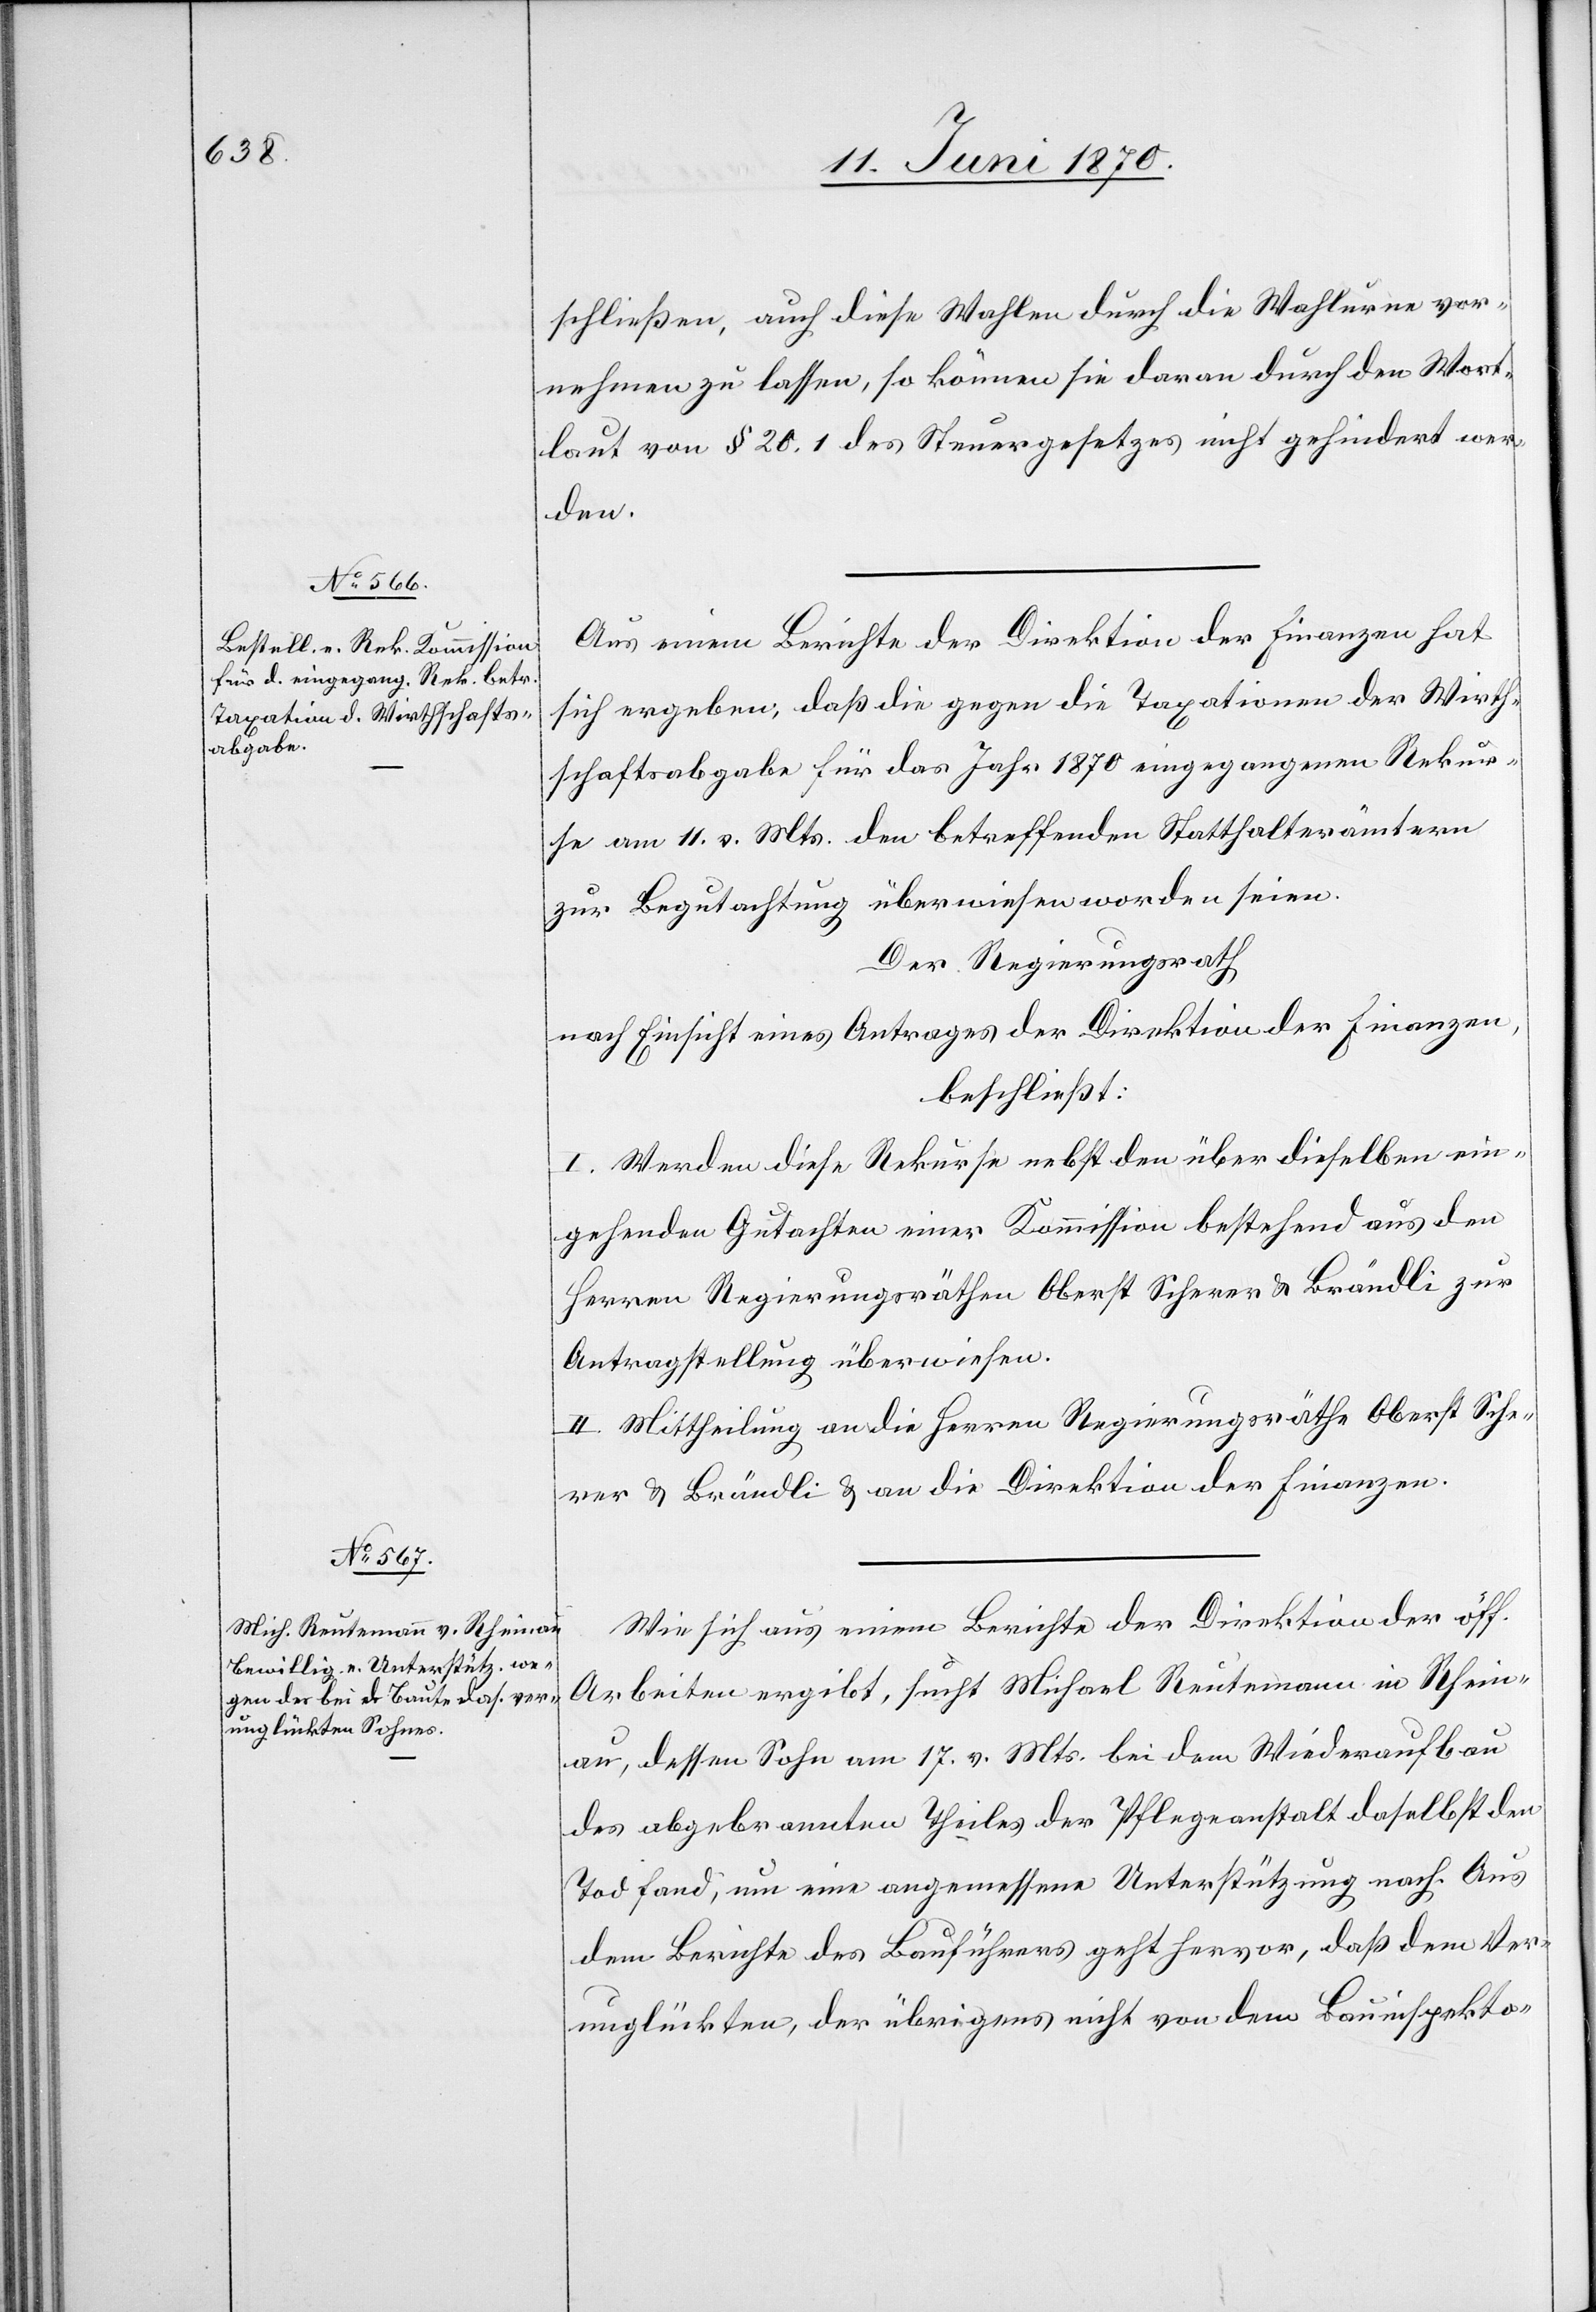
schließen, auch diese Wahlen durch die Wahlurne vor¬
nehmen zu lassen, so können sie daran durch den Wort¬
laut von § 20, 1 des Steuergesetzes nicht gehindert wer¬
den.
Aus einem Berichte der Direktion der Finanzen hat
sich ergeben, daß die gegen die Taxationen der Wirth¬
schaftsabgabe für das Jahr 1870 eingegangenen Rekur¬
se am 11. v. Mts. den betreffenden Statthalterämtern
zur Begutachtung überwiesen worden seien.
Der Regierungsrath
nach Einsicht eines Antrages der Direktion der Finanzen,
beschließt:
I. Werden diese Rekurse nebst den über dieselben ein¬
gehenden Gutachten einer Kommission bestehend aus den
Herren Regierungsräthen Oberst Scherer & Brändli zur
Antragstellung überwiesen.
II. Mittheilung an die Herren Regierungsräthe Oberst Sche¬
rer & Brändli & an die Direktion der Finanzen.
Wie sich aus einem Berichte der Direktion der öff.
Arbeiten ergibt, sucht Michael Reutemann in Rhein¬
au, dessen Sohn am 17. v. Mts. bei dem Wiederaufbau
des abgebrannten Theiles der Pflegeanstalt daselbst den
Tod fand, um eine angemessene Unterstützung nach. Aus
dem Berichte des Bauführers geht hervor, daß dem Ver¬
unglückten, der übrigens nicht von dem Bauinspekto-